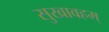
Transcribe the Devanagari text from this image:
सुखावहम्